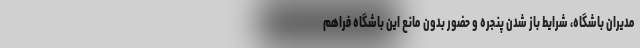
مدیران باشگاه، شرایط باز شدن پنجره و حضور بدون مانع این باشگاه فراهم